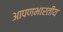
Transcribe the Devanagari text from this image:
आपणभारतीय